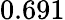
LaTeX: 0.691